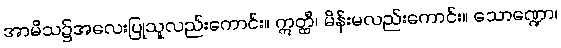
အာမိသ၌အလေးပြုသူလည်းကောင်း။ ဣတ္ထီ၊ မိန်းမလည်းကောင်း။ သောဏ္ဍော၊